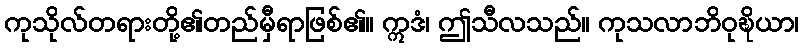
ကုသိုလ်တရားတို့၏တည်မှီရာဖြစ်၏။ ဣဒံ၊ ဤသီလသည်။ ကုသလာဘိဝုဍ္ဎိယာ၊